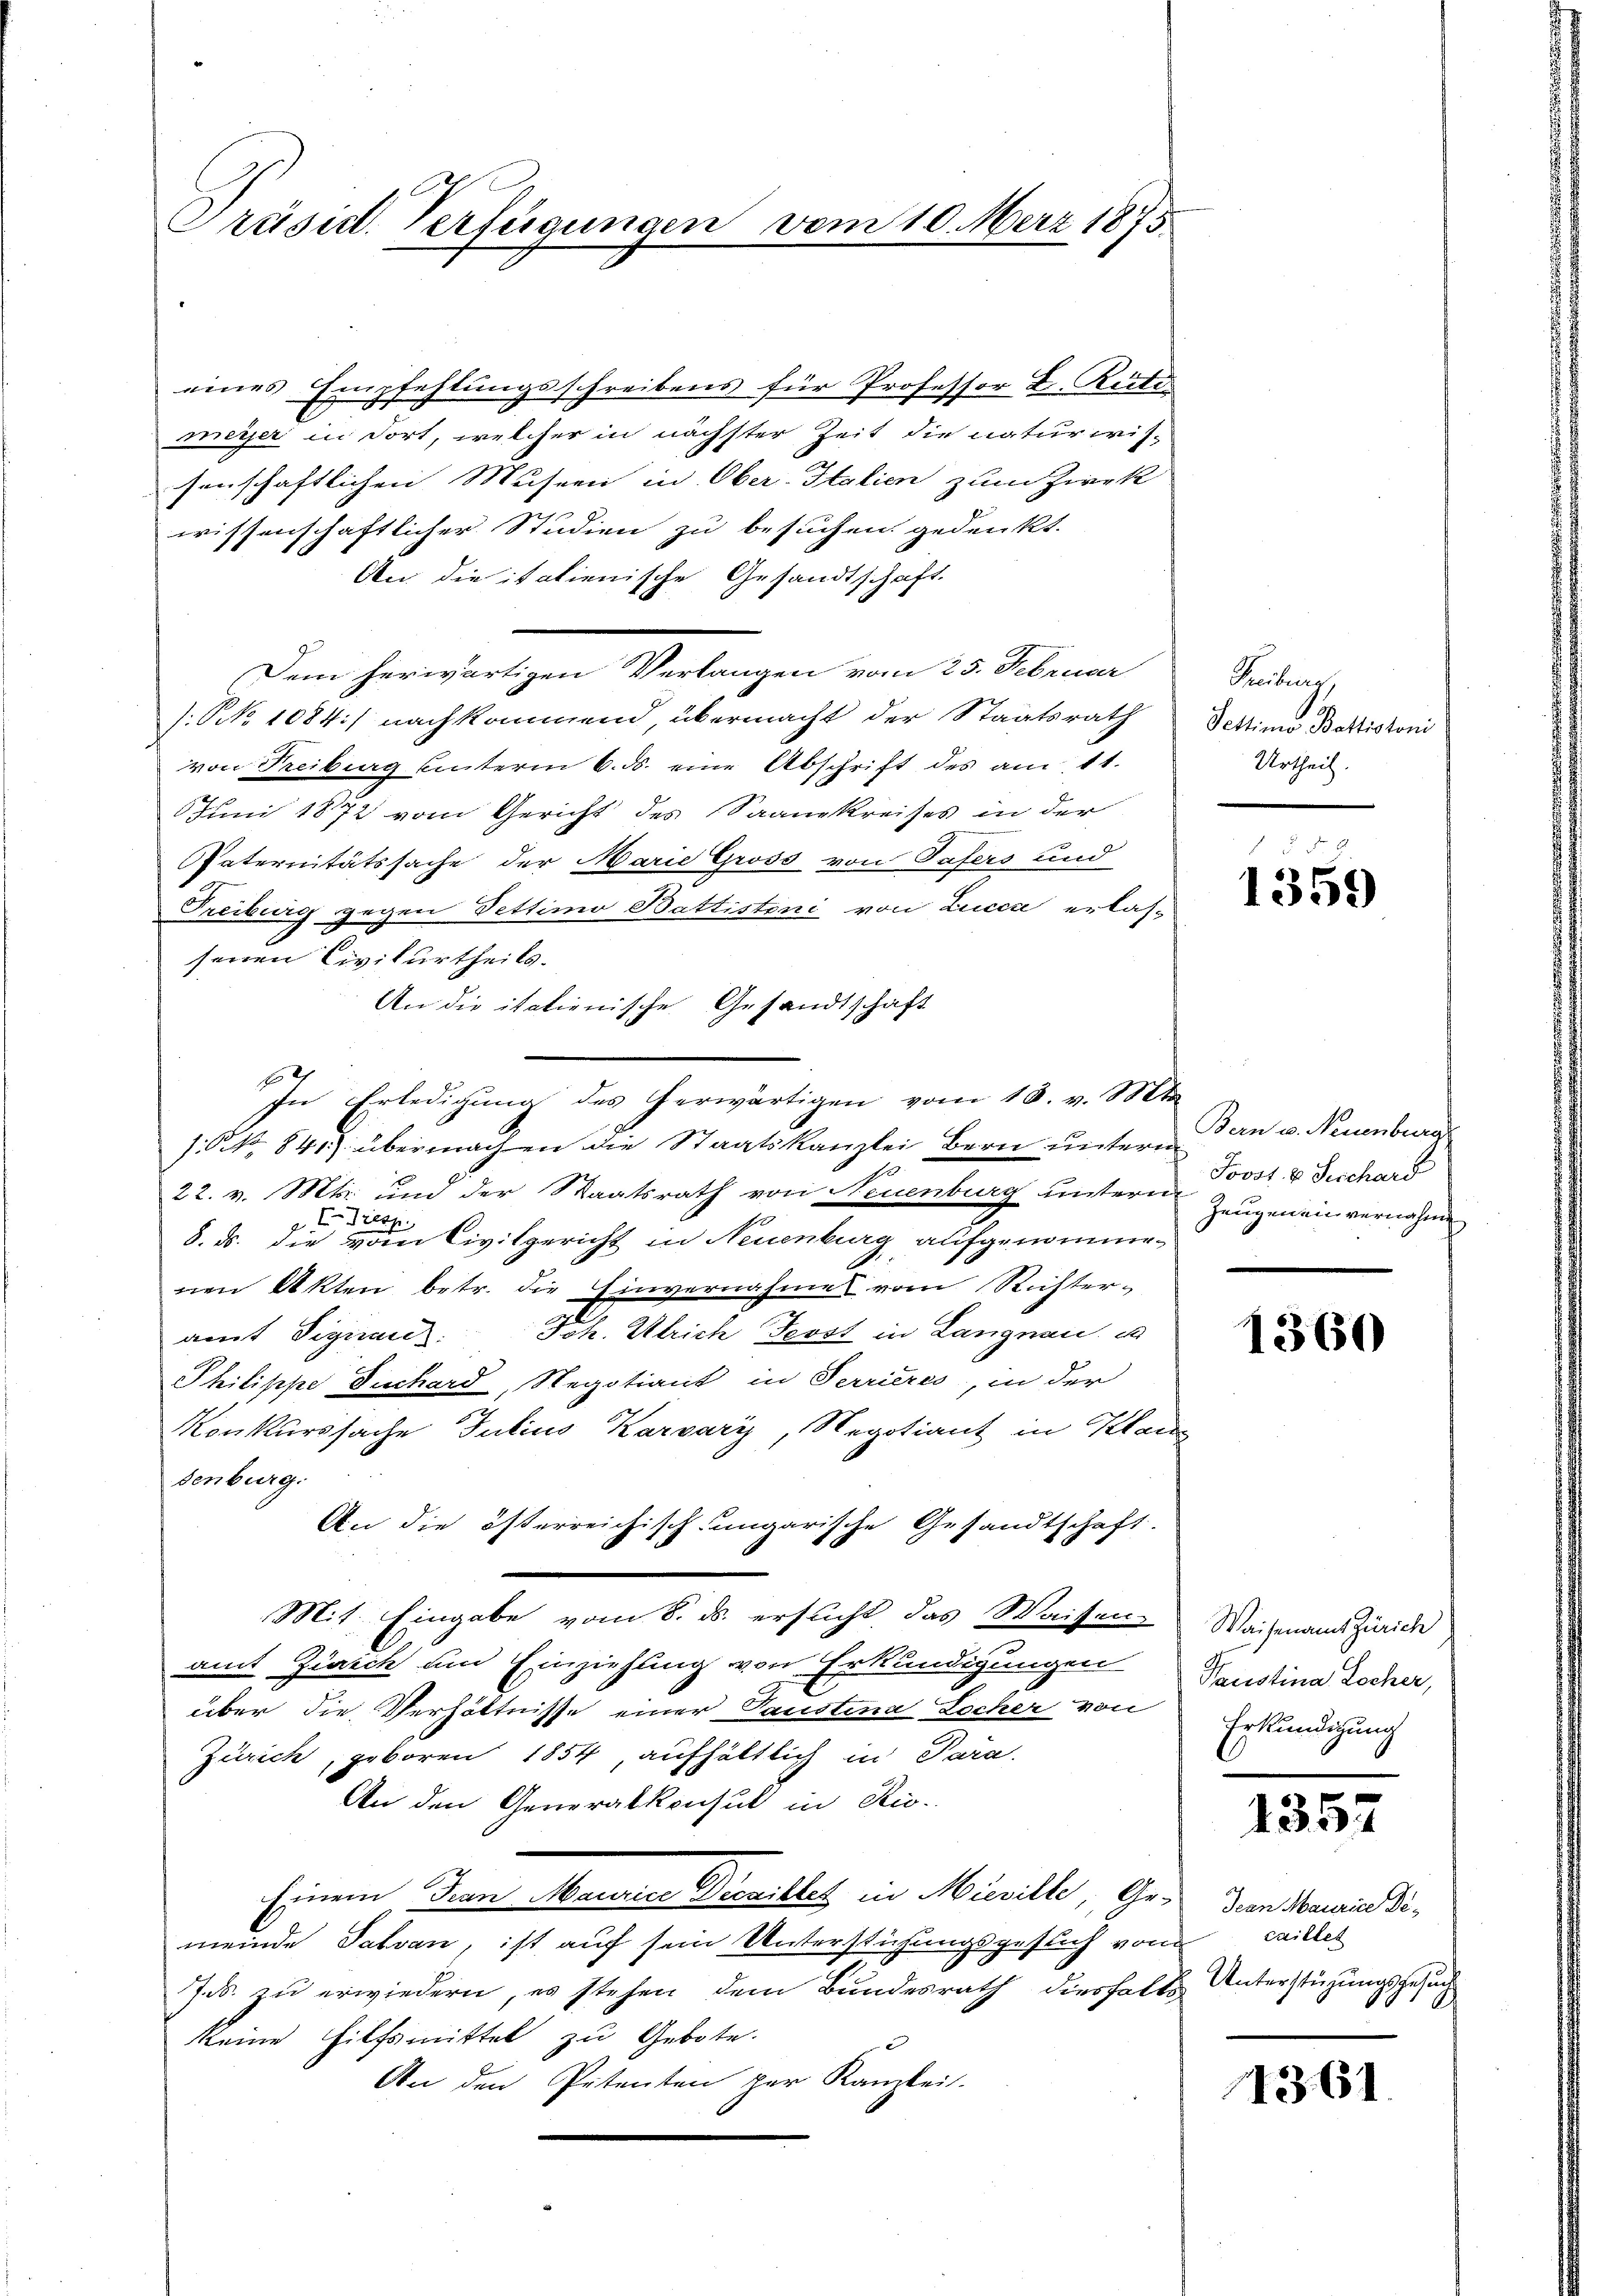
Präsid. Verfügungen vom 10. März 1875

eines Empfehlungsschreibens für Professor B. Rüti-
meyer in dort, welcher in nächster Zeit die naturwis-
senschaftlichen Musern in Ober-Italien zum Zwek
wissenschaftlicher Studien zu besuchen gedenkt.
An die italienische Gesandtschaft.
Dem herwärtigen Verlangen vom 25. Februar
.NNo. 1084.) nachkommend, übermacht der Staatsrath
von Freiburg hinterm 6. ds. eine Abschrift des am 11.
6 Juni 1872 vom Gericht des Saankreises in der
Internitätssache der Marie Gross von Tafers und
Freiburg gegen Pettimo Battistini von Lucca erlas-
senen Civilurtheils.
An die italienische Gesandtschaft
In Erledigung des herwärtigen vom 13. v. Mts.
 NNo. 841.) übermachen die Staatskanzlei Bern untern
22. v. Mts. und der Staatsrath von Neuenburg untern Zeugen ein vernahme
E Dresp.
8. ds. die vom Civilgericht in Neuenburg aufgenommenen Akten betr. die Einvernahmes vom Richter-
amt Signant Joh. Ulrich Frost in Langnau.
Philippe Juchard, Regotiant in Terrieres, in der
Konkurssache Julius Karváry, Regotiant in Klan
denburg.
An die österreichisch ungarische Gesandtschaft.
Mit Eingabe vom 8. ds. ersucht, das Waisen-
amt Zürich um Einziehung von Erkundigungen
über die Verhältnisse einer Taustina Locher von
Zürich, geboren 1854, aufhältlich in Para-
An den Generalkonsul in Rio.
Einem Frau Maurer Prenilles in Micille, Gemeinde Tatvan, ist auf sein Unterstühungsgesuch von
Jb. zu erwiedern, es stehen dem Bundesrath diesfalls Unterstüzungsgesuch
keine Hilfsmittel zu Gebote.
An den Petenten per Kanzlei-

Freiburg,
Settinio Bettiotoni
Urtheil.

1359

Bern v. Neuenburg
Joost & Sichard

1360

Waisenamt Zürich
Paustina Locher,
Erkundigung

1357

Jean Maurice Decaillet

1361.